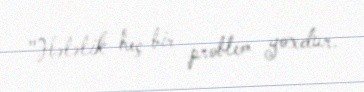
"Hələlik heç bir problem yoxdur.